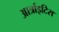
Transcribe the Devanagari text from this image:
आर्त्राइटिस